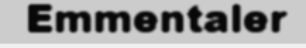
Emmentaler